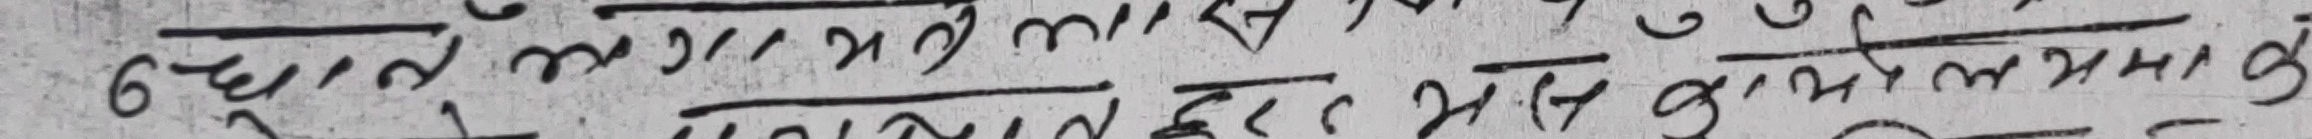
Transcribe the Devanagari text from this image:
६ दालम्यण माय मय मलमस गुप्रलमाइक३